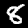
Digit: 8